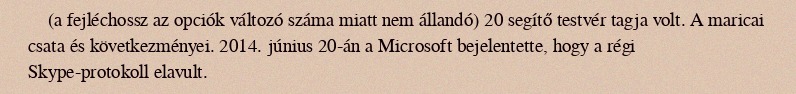
(a fejléchossz az opciók változó száma miatt nem állandó) 20 segítő testvér tagja volt. A maricai csata és következményei. 2014. június 20-án a Microsoft bejelentette, hogy a régi Skype-protokoll elavult.